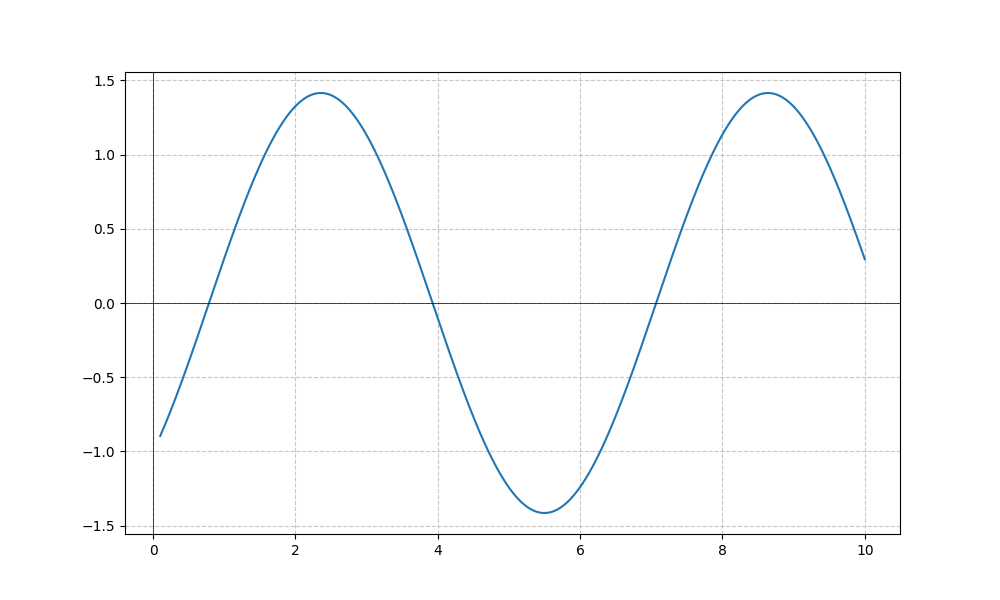
LaTeX formula: \sin{\left(x \right)} - \cos{\left(x \right)}